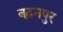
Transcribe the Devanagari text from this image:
बढ़नपुर